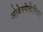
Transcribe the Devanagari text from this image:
ओबेस्पेचेनिया